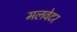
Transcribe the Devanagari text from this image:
मलवेटर